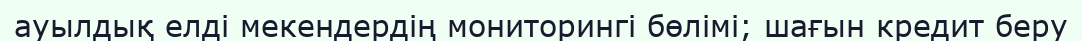
ауылдық елді мекендердің мониторингі бөлімі; шағын кредит беру